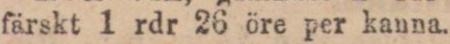
färskt 1 rdr 26 öre per kanna.